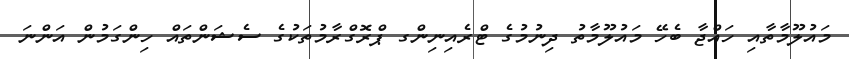
މައުލޫމާތާއި ހައްޖާ ބެހޭ މައުލޫމާތު ދިނުމުގެ ޓްރެއިނިންގ ޕްރޮގްރާމުތަކުގެ ސެޝަންތައް ހިންގަމުން އަންނަ